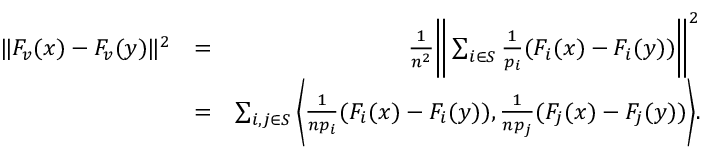
\begin{array} { r l r } { \| F _ { v } ( x ) - F _ { v } ( y ) \| ^ { 2 } } & { = } & { \frac { 1 } { n ^ { 2 } } \bigg \| \sum _ { i \in S } \frac { 1 } { p _ { i } } ( F _ { i } ( x ) - F _ { i } ( y ) ) \bigg \| ^ { 2 } } \\ & { = } & { \sum _ { i , j \in S } \bigg \langle \frac { 1 } { n p _ { i } } ( F _ { i } ( x ) - F _ { i } ( y ) ) , \frac { 1 } { n p _ { j } } ( F _ { j } ( x ) - F _ { j } ( y ) ) \bigg \rangle . } \end{array}